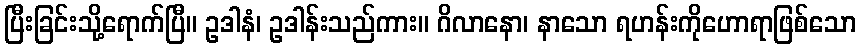
ပြီးခြင်းသို့ရောက်ပြီ။ ဥဒါနံ၊ ဥဒါန်းသည်ကား။ ဂိလာနော၊ နာသော ရဟန်းကိုဟောရာဖြစ်သော